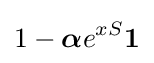
1-{\boldsymbol {\alpha }}e^{xS}{\boldsymbol {1}}